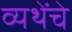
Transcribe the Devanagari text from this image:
व्यथेंचे